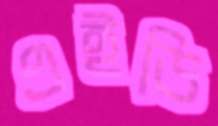
এইডি